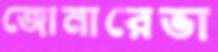
জোনারেভা